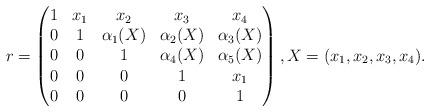
LaTeX: \begin{align*}r=\begin{pmatrix}1 & x_1 & x_2 & x_3 & x_4\\0 & 1 & \alpha_1(X) & \alpha_2(X) & \alpha_3(X)\\0 & 0 & 1 & \alpha_4(X) & \alpha_5(X)\\0 & 0 & 0 & 1 & x_1\\0 & 0 & 0 & 0 & 1 \end{pmatrix},X=(x_1,x_2,x_3,x_4).\end{align*}